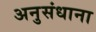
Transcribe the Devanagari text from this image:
अनुसंधाना